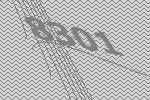
8301